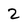
Character: 2